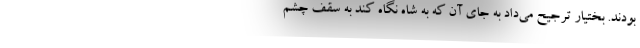
بودند. بختیار ترجیح می‌داد به جای آن که به شاه نگاه کند به سقف چشم